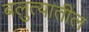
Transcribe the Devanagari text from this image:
बलुत्यातील